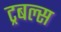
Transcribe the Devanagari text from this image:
ट्रबल्स